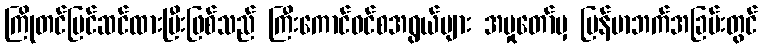
ကြိုတင်ပြင်ဆင်ထားပြီးဖြစ်သည် ကြီးကောင်ဝင်စအရွယ်များ အမှုတော်မှ မြန်မာဘက်အခြမ်းတွင်